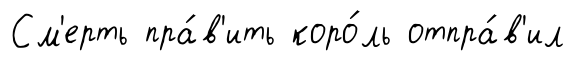
См'ерть пра́в'ить коро́ль отпра́в'ил